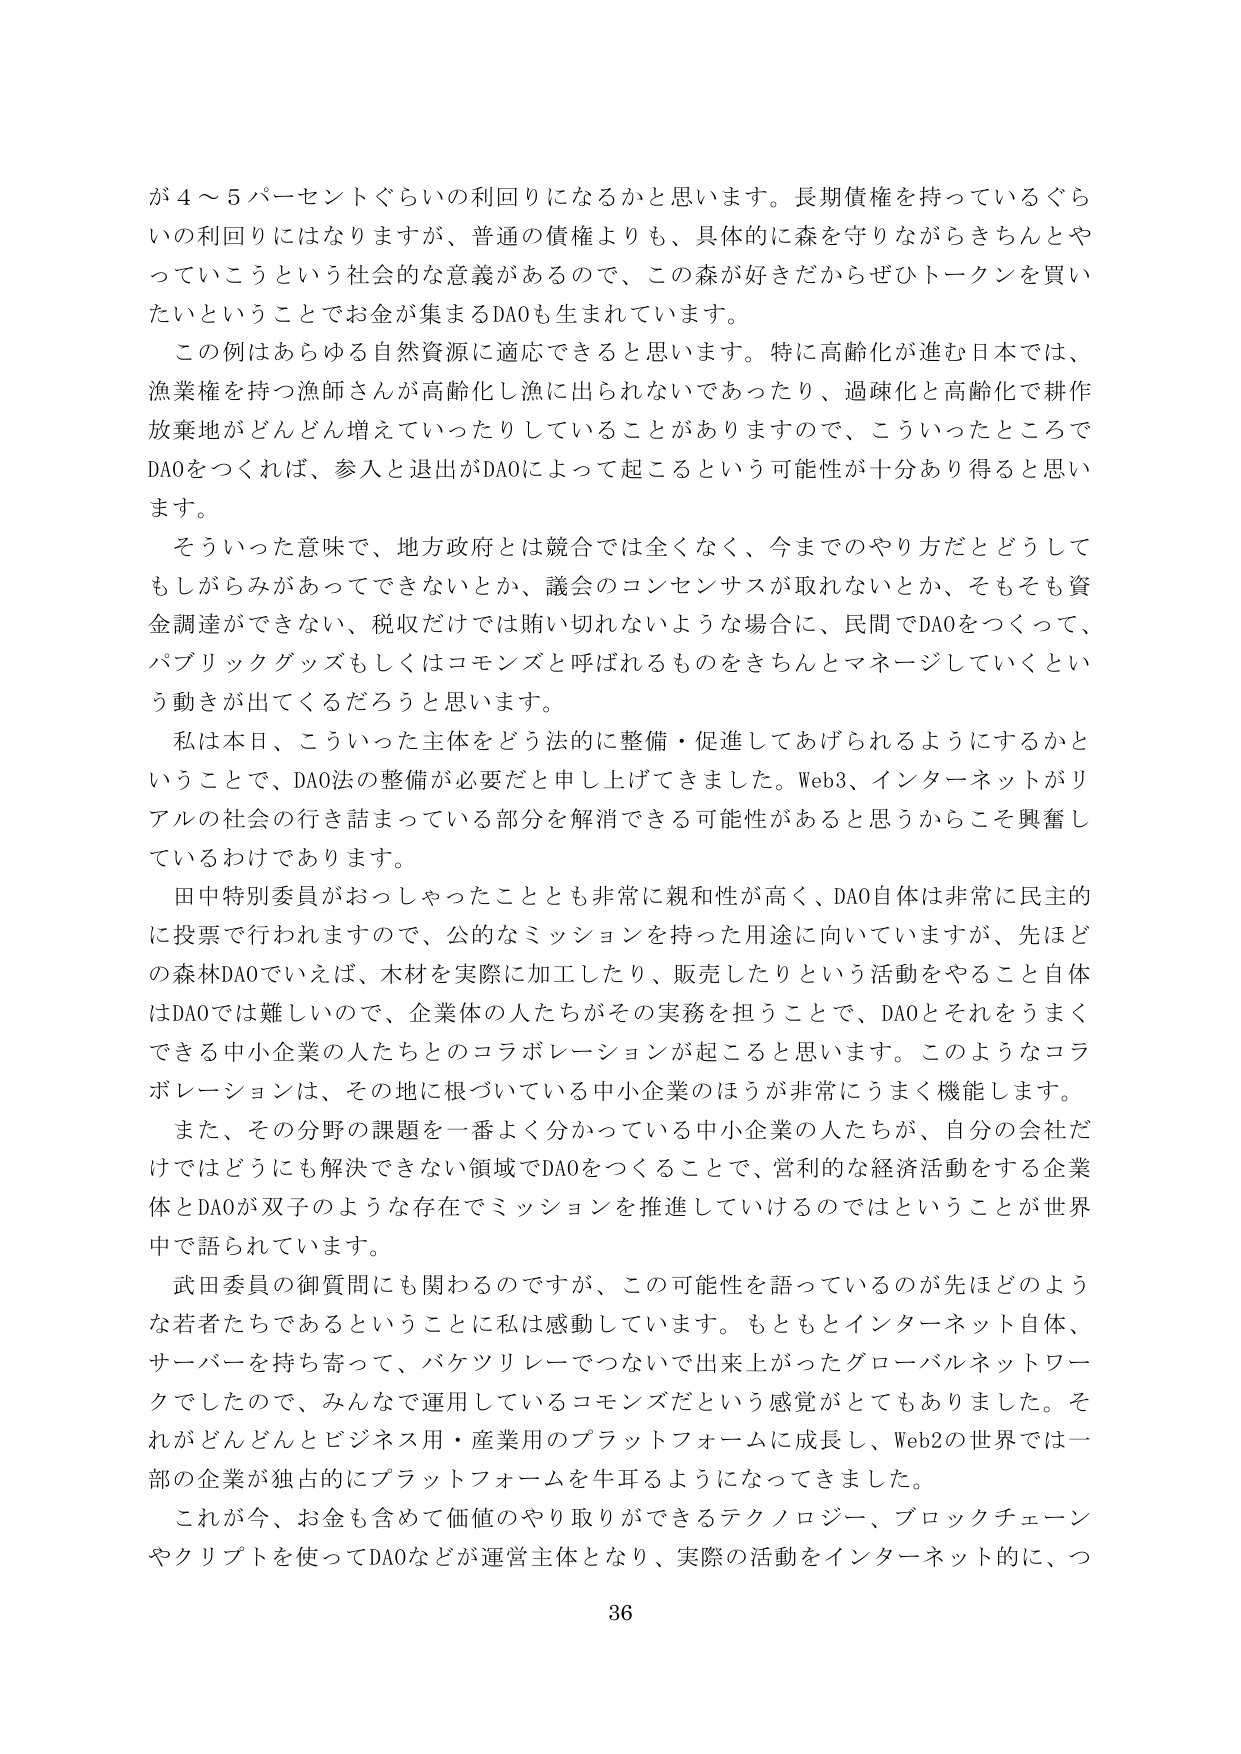
が４～５パーセントぐらいの利回りになるかと思います。長期債権を持っているぐらいの利回りにはなりますが、普通の債権よりも、具体的に森を守りながらきちんとやっていこうという社会的な意義があるので、この森が好きだからぜひトークンを買いたいということでお金が集まるDAOも生まれています。

この例はあらゆる自然資源に適応できると思います。特に高齢化が進む日本では、漁業権を持つ漁師さんが高齢化し漁に出られないであったり、過疎化と高齢化で耕作放棄地がどんどん増えていったりしていることがありますので、こういったところでDAOをつくれば、参入と退出がDAOによって起こるという可能性が十分あり得ると思います。

そういった意味で、地方政府とは競合では全くなく、今までのやり方だとどうしてもしがらみがあってできないとか、議会のコンセンサスが取れないとか、そもそも資金調達ができない、税収だけでは賄い切れないような場合に、民間でDAOをつくって、パブリックグッズもしくはコモンズと呼ばれるものをきちんとマネージしていくという動きが出てくるだろうと思います。

私は本日、こういった主体をどう法的に整備・促進してあげられるようにするかということで、DAO法の整備が必要だと申し上げてきました。Web3、インターネットがリアルの社会の行き詰まっている部分を解消できる可能性があると思うからこそ興奮しているわけであります。

田中特別委員がおっしゃったこととも非常に親和性が高く、DAO自体は非常に民主的に投票で行われますので、公的なミッションを持った用途に向いていますが、先ほどの森林DAOでいえば、木材を実際に加工したり、販売したりという活動をやること自体はDAOでは難しいので、企業体の人たちがその実務を担うことで、DAOとそれをうまくできる中小企業の人たちとのコラボレーションが起こると思います。このようなコラボレーションは、その地に根づいている中小企業のほうが非常にうまく機能します。

また、その分野の課題を一番よく分かっている中小企業の人たちが、自分の会社だけではどうにも解決できない領域でDAOをつくることで、営利的な経済活動をする企業体とDAOが双子のような存在でミッションを推進していけるのではということが世界中で語られています。

武田委員の御質問にも関わるのですが、この可能性を語っているのが先ほどのような若者たちであるということに私は感動しています。もともとインターネット自体、サーバーを持ち寄って、バケツリレーでつないで出来上がったグローバルネットワークでしたので、みんなで運用しているコモンズだという感覚がとてもありました。それがどんどんとビジネス用・産業用のプラットフォームに成長し、Web2の世界では一部の企業が独占的にプラットフォームを牛耳るようになってきました。

これが今、お金も含めて価値のやり取りができるテクノロジー、ブロックチェーンやクリプトを使ってDAOなどが運営主体となり、実際の活動をインターネット的に、つ

36